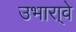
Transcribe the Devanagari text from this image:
उभारा्वे